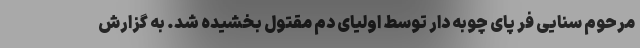
مرحوم سنایی فر پای چوبه دار توسط اولیای دم مقتول بخشیده شد. به گزارش